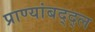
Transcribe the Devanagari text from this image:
प्राण्यांबद्द्ल